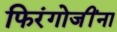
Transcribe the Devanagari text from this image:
फिरंगोजींना